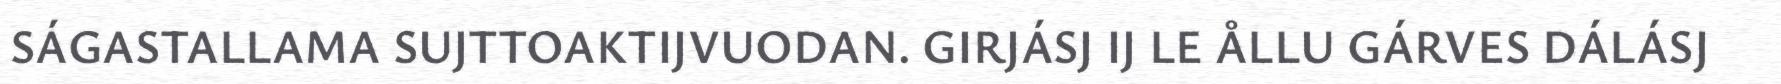
SÁGASTALLAMA SUJTTOAKTIJVUODAN. GIRJÁSJ IJ LE ÅLLU GÁRVES DÁLÁSJ